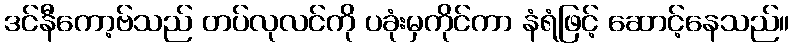
ဒင်နီကော့ဗ်သည် တပ်လုလင်ကို ပခုံးမှကိုင်ကာ နံရံဖြင့် ဆောင့်နေသည်။